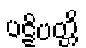
ပဋိပတ္တိ